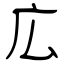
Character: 広